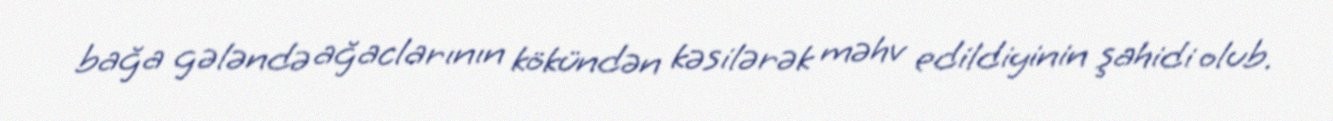
bağa gələndə ağaclarının kökündən kəsilərək məhv edildiyinin şahidi olub.